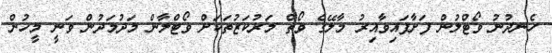
ހެނދުނު ވޯޓްލުން ފަށާފައިވާއިރު މާލޭގެ ވޯތް މަރުކަޒުތަކަށް ވޯޓްލާން މަދުމަދުން ވަނީ މީހުން